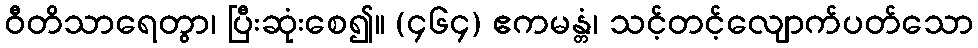
ဝီတိသာရေတွာ၊ ပြီးဆုံးစေ၍။ (၄၆၄) ဧကမန္တံ၊ သင့်တင့်လျောက်ပတ်သော